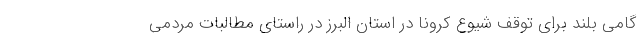
گامی بلند برای توقف شیوع کرونا در استان البرز در راستای مطالبات مردمی